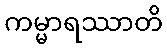
ကမ္မာရဿာတိ